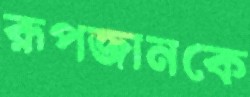
রূপজানকে